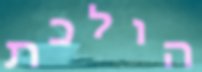
הולכת